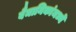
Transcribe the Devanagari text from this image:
वैमानिकांमध्ये